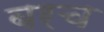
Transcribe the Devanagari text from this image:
बरच